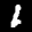
Label: 1